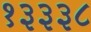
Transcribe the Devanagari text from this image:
१३३३८